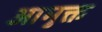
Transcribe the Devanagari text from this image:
आमुक्त